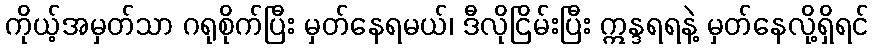
ကိုယ့်အမှတ်သာ ဂရုစိုက်ပြီး မှတ်နေရမယ်၊ ဒီလိုငြိမ်းပြီး ဣန္ဒရရနဲ့ မှတ်နေလို့ရှိရင်